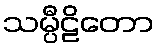
သမ္ပီဠိတော